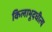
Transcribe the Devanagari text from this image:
किलाभूदधीत्य